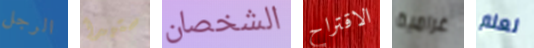
الرجل ستبدأ الشخصان الاقتراح غرامية لعلم